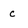
Character: c